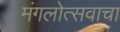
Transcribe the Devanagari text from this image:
मंगलोत्सवाचा